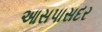
આસપાસદર